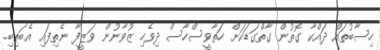
ހިސާބުތައް ދައްކާ ގޮތުން ގާތްގަޑަކަށް ހަތާވީސްހާސް ދިވެހި ޒުވާނުން ވަޒީފާ ނެތިފައި އެބަތިބި.